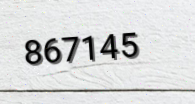
867145